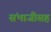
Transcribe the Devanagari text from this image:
संभाजीसह